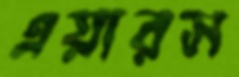
এয়ারস